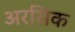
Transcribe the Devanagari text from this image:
अरसिक